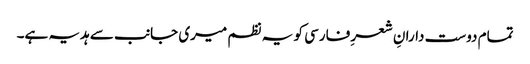
تمام دوست دارانِ شعرِ فارسی کو یہ نظم میری جانب سے ہدیہ ہے۔